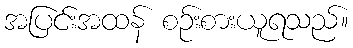
အပြင်းအထန် စဉ်းစားယူရသည်။